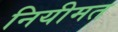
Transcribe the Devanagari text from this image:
नियीमत